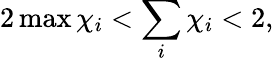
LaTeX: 2\operatorname*{max}{\chi_{i}}<\sum_{i}\chi_{i}<2,